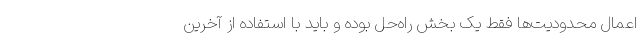
اعمال محدودیت‌ها فقط یک بخش راه‌حل بوده و باید با استفاده از آخرین